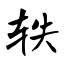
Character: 轶